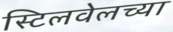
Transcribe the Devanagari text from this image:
स्टिलवेलच्या